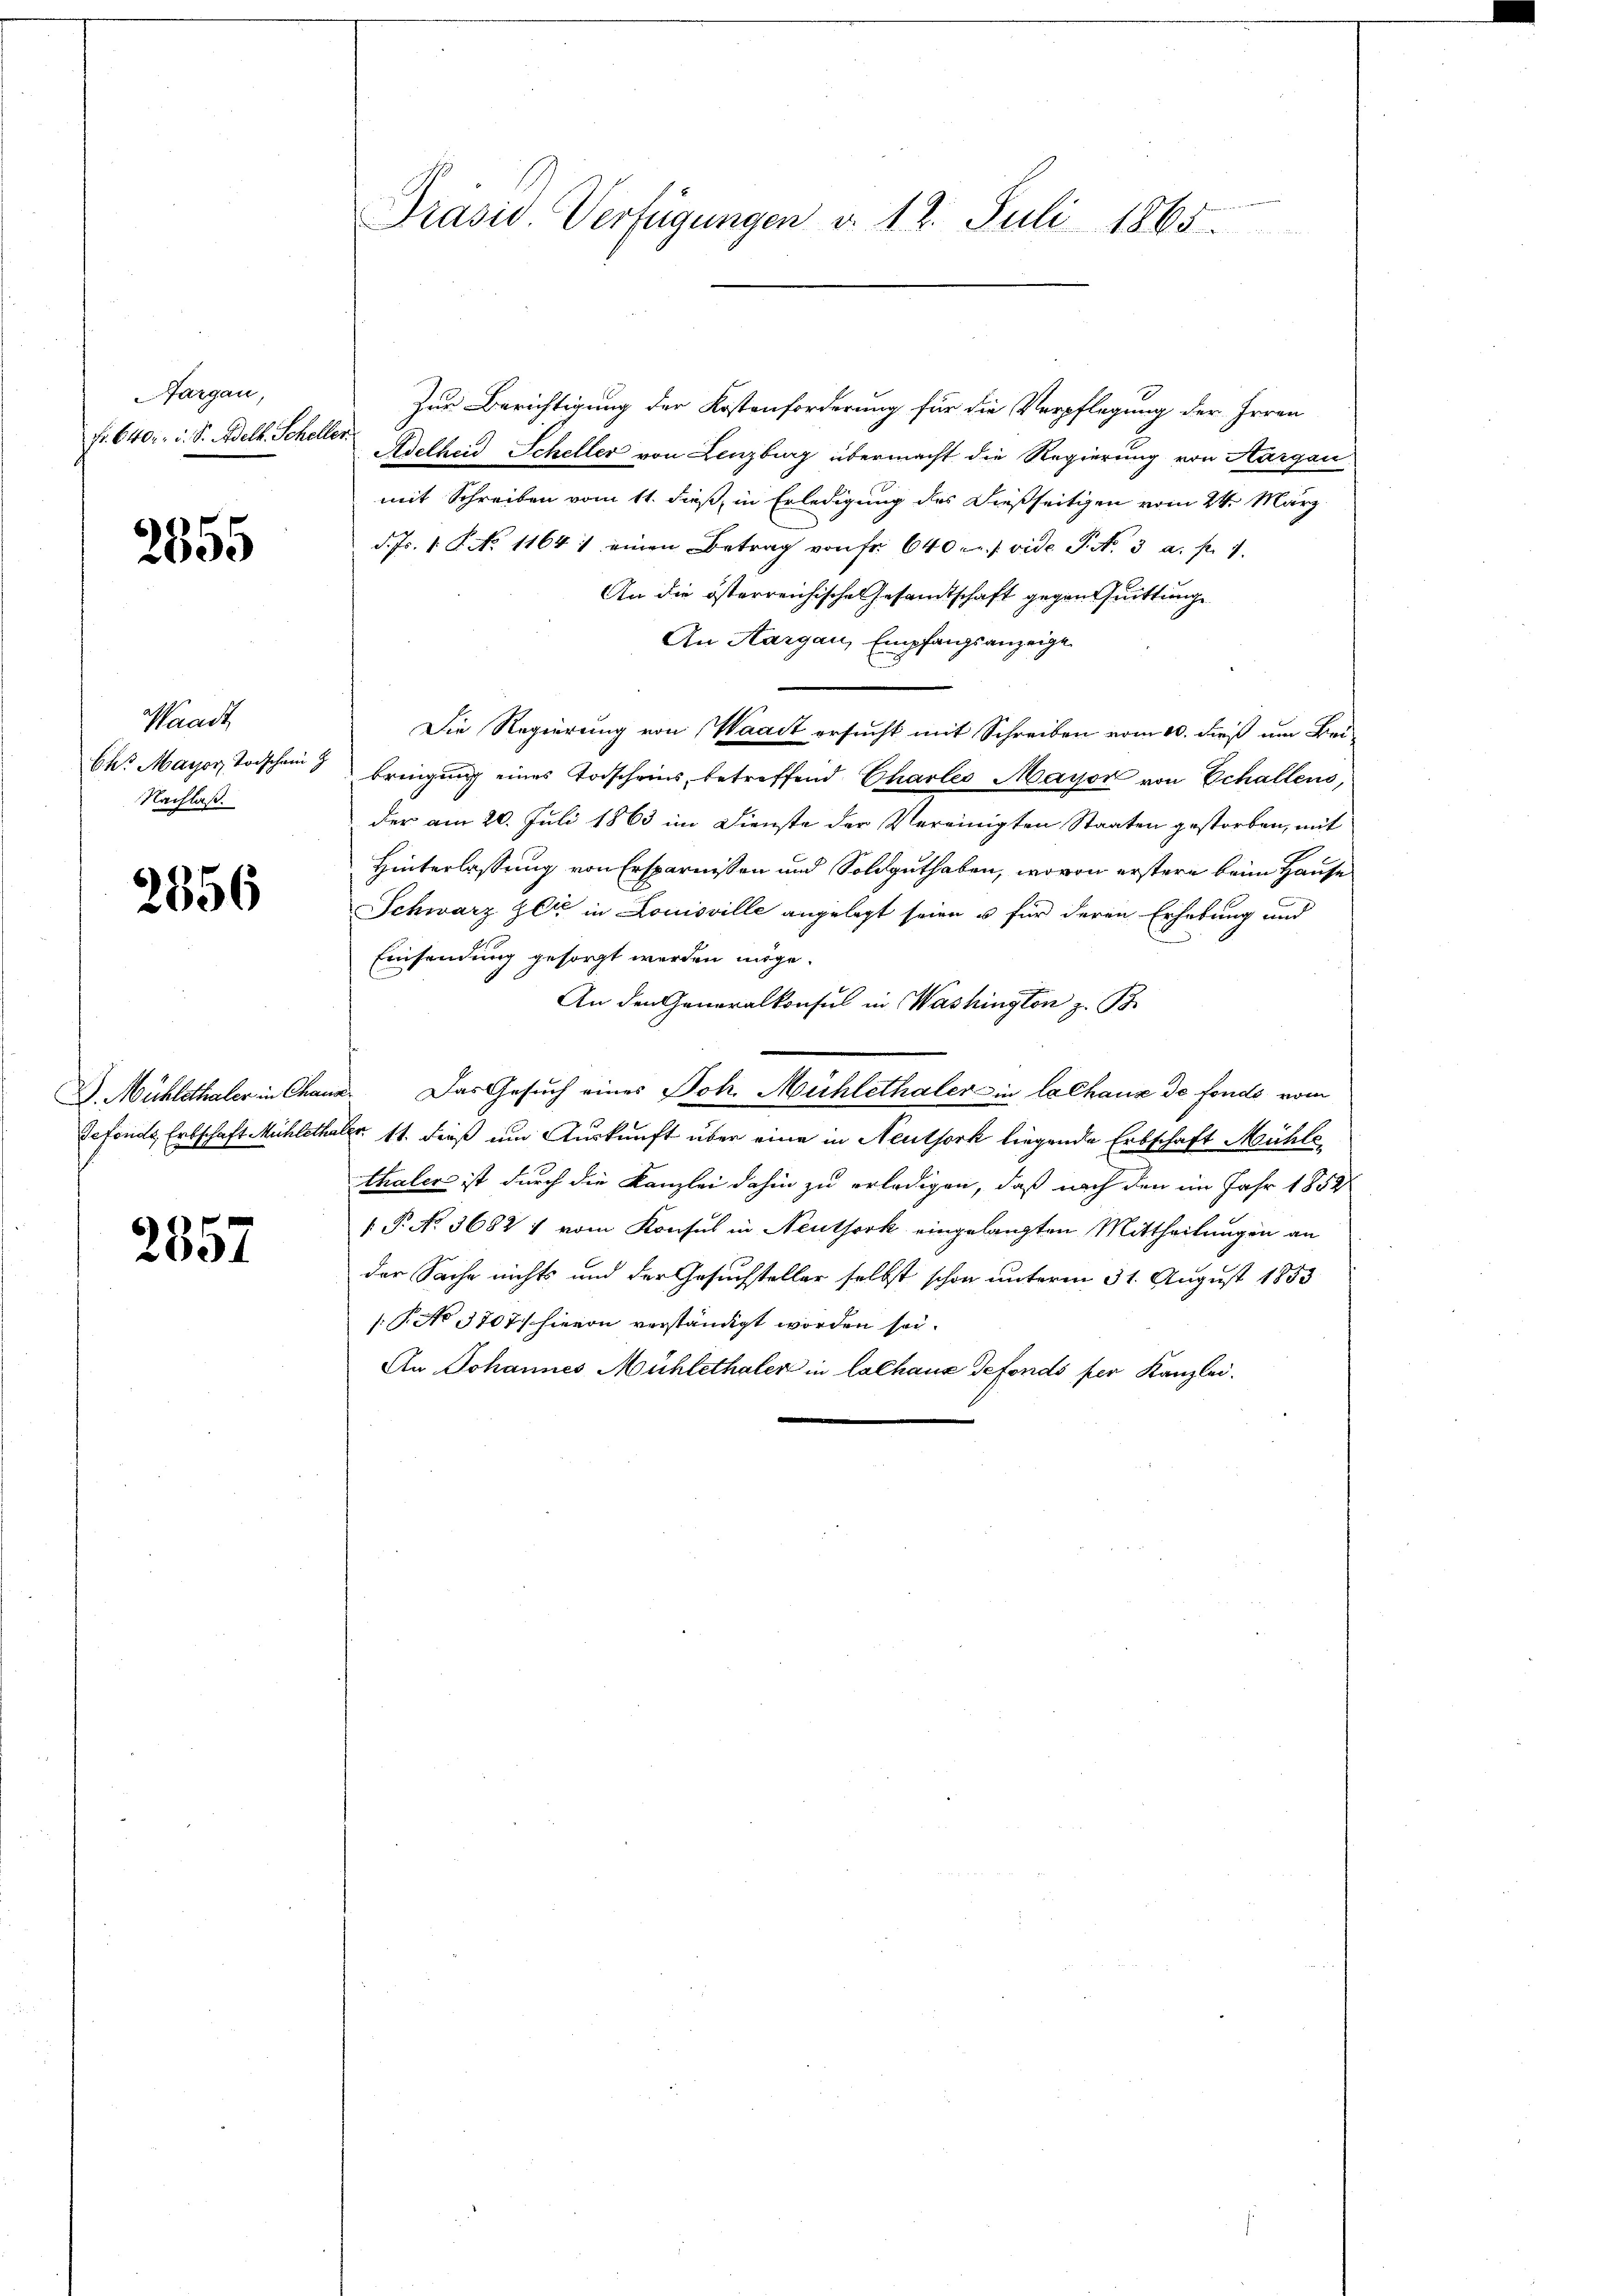
Aargau,

2555

Waadt
Nachlaß.

2356

2857

Zur Berichtigung der Kostenforderung für die Verpflegung der Irren
fr. 6400. d. S. Adelb. Scheller Adelheid Scheller von Lenzburg übermacht die Regierung von Aargau
mit Schreiben vom 11. dieß, in Erledigung des dießseitigen vom 24. März
d. Js. 1. P. No 11641 einen Betrag von fr. 640 c. s. vide P. N. 3 a. p. 1.
An die österreichische Gesandtschaft gegen Quittung
An Aargau, Empfangsanzeige
Die Regierung von Waadt ersucht mit Schreiben vom 10. dieß um Bei¬
Chr Maron Todschen bringŭng eines Todscheins, betreffend Charles Mayor von Echallens,
der am 20. Juli 1863 im Dienste der Vereinigten Staaten gestorben, mit
Hinterlassung von Ersparnissen und Soldguthaben, wovon erstere beim Hause
Schwarz zeit in Louisville angelegt seien u für deren Erhebung und
Einsendung gesorgt werden möge.
An den Generalkonsul in Washington z. B.
G. Mühlethaler in Chana. Das Gesuch eines Joh. Mühlethaler in lalhaus de fonds vom
defonds Erbschaft Mühlethaler. 11. dieß um Auskunft über eine in Neuthork liegende Erbschaft Mühlsthaler ist durch die Kanzlei dahin zu erledigen, daß nach den im Jahr 1852
 P. No 3682 1 vom Konsul in Neuthork eingelangten Mittheilungen an
der Sache nichts und der Gesuchsteller selbst schon unterm 31. August 1853
/: P. No 3707/ hievon verständigt worden sei.
An Johannes Mühlethaler in lalhaus defonds per Kanzlei.

Präsid. Verfügungen d. 12. Juli 1865.